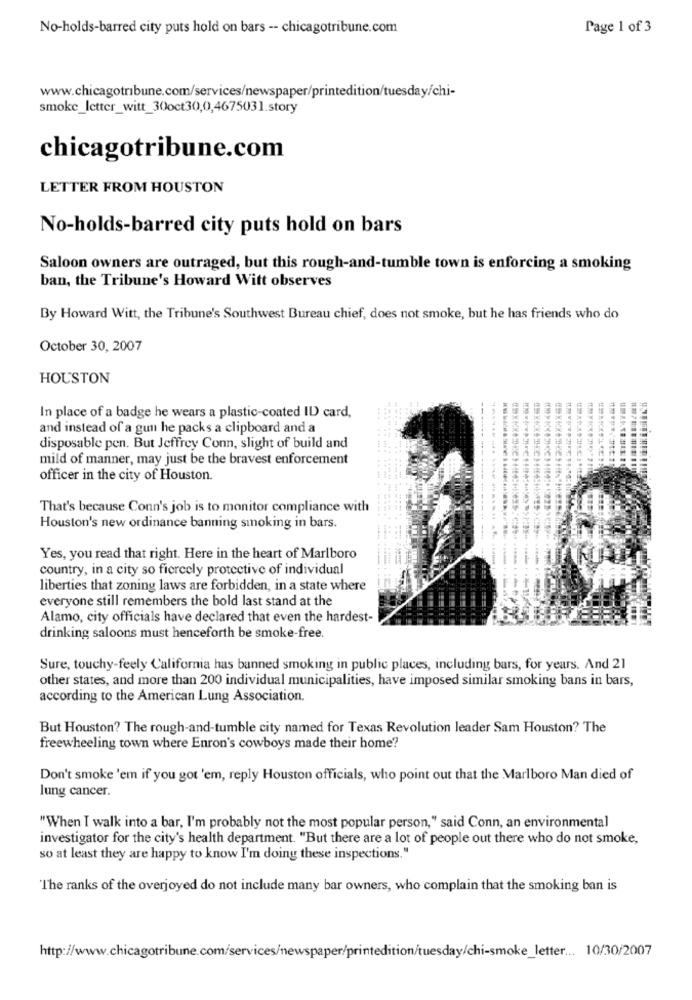
No-holds-barred city puts hold on bars -- chicagotribune.com
Page 1 of 3
www.chicagotribune.com/services/newspaper/printedition/tuesday/chi-
smoke_letter_witt_30oct30,0,4675031.story
chicagotribune.com
LETTER FROM HOUSTON
No-holds-barred city puts hold on bars
Saloon owners are outraged, but this rough-and-tumble town is enforcing a smoking
ban, the Tribune's Howard Witt observes
By Howard Witt, the Tribune's Southwest Bureau chief, does not smoke, but he has friends who do
October 30, 2007
HOUSTON
In place of a badge he wears a plastic-coated IL card,
and instead of a gun he packs a clipboard and a
disposable pen. But Jeffrey Conn, slight of build and
mild of manner, may just be the bravest enforcement
officer in the city of Houston.
That's because Conn's job is to monitor compliance with
Houston's new ordinance banning smoking in bars.
Yes, you read that right. Here in the heart of Marlboro
country, in a city so fiercely protective of individual
liberties that zoning laws are forbidden, in a state where
everyone still remembers the bold last stand at the
Alamo, city officials have declared that even the hardest-
drinking saloons must henceforth be smoke-free.
Sure, touchy-feely California has banned smoking in public places, including bars, for years. And 21
other states, and more than 200 individual municipalities, have imposed similar smoking bans in bars,
according to the American Lung Association.
But Houston? The rough-and-tumble city named for Texas Revolution leader Sam Houston? The
freewheeling town where Enron's cowboys made their home?
Don't smoke 'em if you got 'em, reply Houston officials, who point out that the Marlboro Man died of
lung cancer.
"When I walk into a bar, I'm probably not the most popular person," said Conn, an environmental
investigator for the city's health department. "But there are a lot of people out there who do not smoke,
so at least they are happy to know I'm doing these inspections."
The ranks of the overjoyed do not include many bar owners, who complain that the smoking ban is
http://www.chicagotribune.com/services/newspaper/printedition/tuesday/chi-smoke_letter ... 10/30/2007